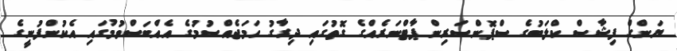
ޔަންގް ފިޝާސް ކްލަބުގެ ސްޕޮންސަރިން ޕާޓްނަރެއްގެ ގޮތުގައި ދިރާގު ހަމަޖެއްސުމުގެ އެއްބަސްވުމުގައި އެކުންފުނީގެ